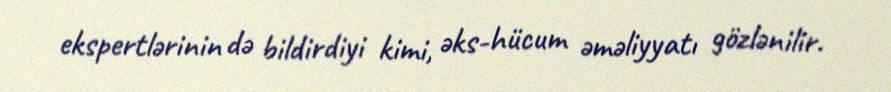
ekspertlərinin də bildirdiyi kimi, əks-hücum əməliyyatı gözlənilir.